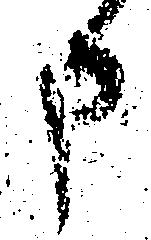
申